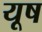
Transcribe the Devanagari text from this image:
यूष